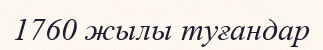
1760 жылы туғандар